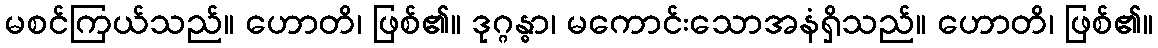
မစင်ကြယ်သည်။ ဟောတိ၊ ဖြစ်၏။ ဒုဂ္ဂန္ဓာ၊ မကောင်းသောအနံရှိသည်။ ဟောတိ၊ ဖြစ်၏။